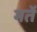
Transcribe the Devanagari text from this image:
मर्ते